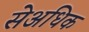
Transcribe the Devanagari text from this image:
सेअधिक